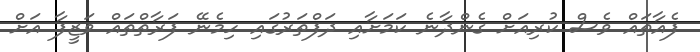
ފެއާތައް ވެސް ކުރިއަށް ގެންދާނެ ކަމަށާއި ދަފްތަރުގައި ހިމެނޭ ފަރާތްތައް ވަޒީފާ އަށް